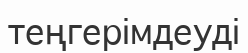
теңгерімдеуді